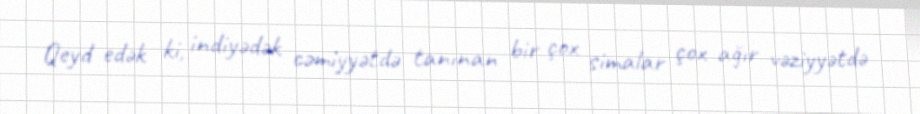
Qeyd edək ki, indiyədək cəmiyyətdə tanınan bir çox simalar çox ağır vəziyyətdə